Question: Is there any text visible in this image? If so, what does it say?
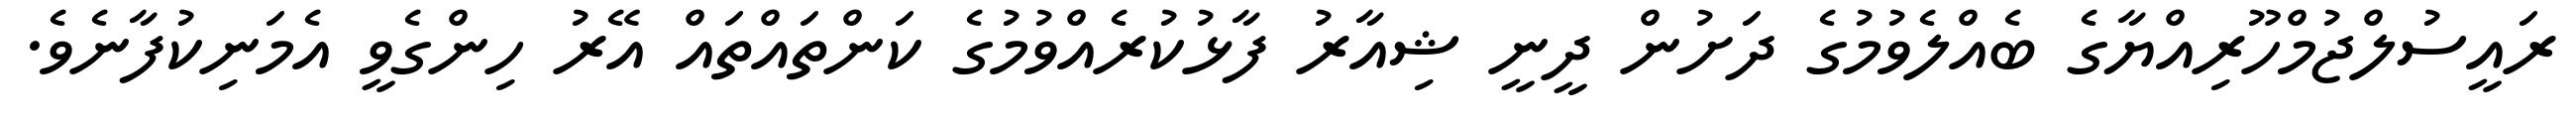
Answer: ރައީސުލްޖުމްހޫރިއްޔާގެ ބެއްލެވުމުގެ ދަށުން ދީނީ ޝިއާރު ފާޅުކުރެއްވުމުގެ ކަންތައްތައް އޭރު ހިންގެވީ އެމަނިކުފާނެވެ.